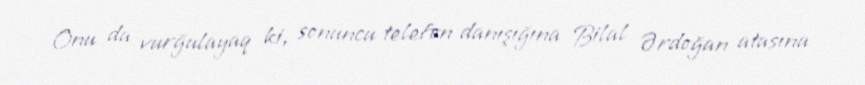
Onu da vurğulayaq ki, sonuncu telefon danışığına Bilal Ərdoğan atasına